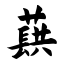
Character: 蕻